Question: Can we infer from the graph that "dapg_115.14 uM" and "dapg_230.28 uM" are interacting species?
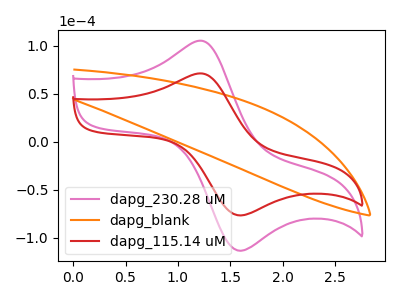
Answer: <think>The pink curve "dapg_230.28 uM" has an anodic peak at (1.25V, 104.95uA) and a cathodic peak at (1.60V, -113.60uA). The orange curve "dapg_blank" has no peaks. The red curve "dapg_115.14 uM" has an anodic peak at (1.25V, 70.95uA) and a cathodic peak at (1.60V, -76.80uA).
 All the peaks in "dapg_115.14 uM" have a peak in "dapg_230.28 uM" at the same potential. Every peak in "dapg_115.14 uM" is lower than every peak in "dapg_230.28 uM".</think>
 <answer>No, "dapg_115.14 uM" and "dapg_230.28 uM" don't appear to be significantly different in shape</answer>
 <eval>no_change</eval>